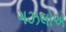
ગઝલોએ